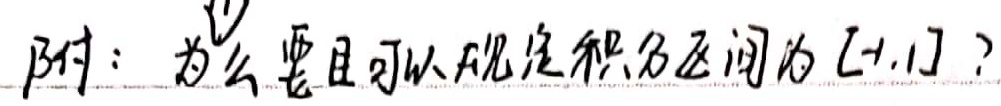
附：为什么要且可以规定积分区间为\([-1,1]\)？